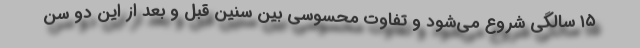
۱۵ سالگی شروع می‌شود و تفاوت محسوسی بین سنین قبل و بعد از این دو سن